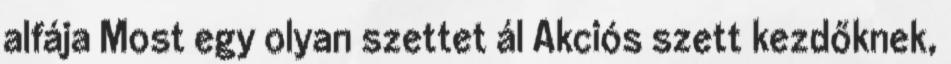
alfája Most egy olyan szettet ál Akciós szett kezdőknek,